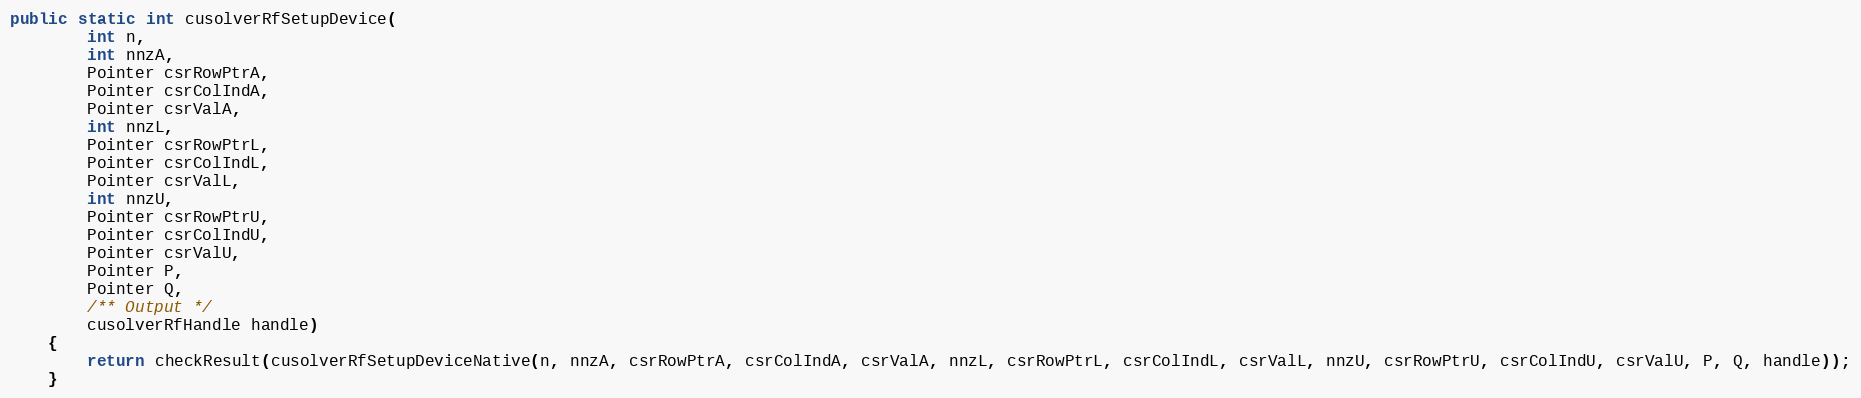
Language: Java
public static int cusolverRfSetupDevice(
        int n,
        int nnzA,
        Pointer csrRowPtrA,
        Pointer csrColIndA,
        Pointer csrValA,
        int nnzL,
        Pointer csrRowPtrL,
        Pointer csrColIndL,
        Pointer csrValL,
        int nnzU,
        Pointer csrRowPtrU,
        Pointer csrColIndU,
        Pointer csrValU,
        Pointer P,
        Pointer Q,
        /** Output */
        cusolverRfHandle handle)
    {
        return checkResult(cusolverRfSetupDeviceNative(n, nnzA, csrRowPtrA, csrColIndA, csrValA, nnzL, csrRowPtrL, csrColIndL, csrValL, nnzU, csrRowPtrU, csrColIndU, csrValU, P, Q, handle));
    }